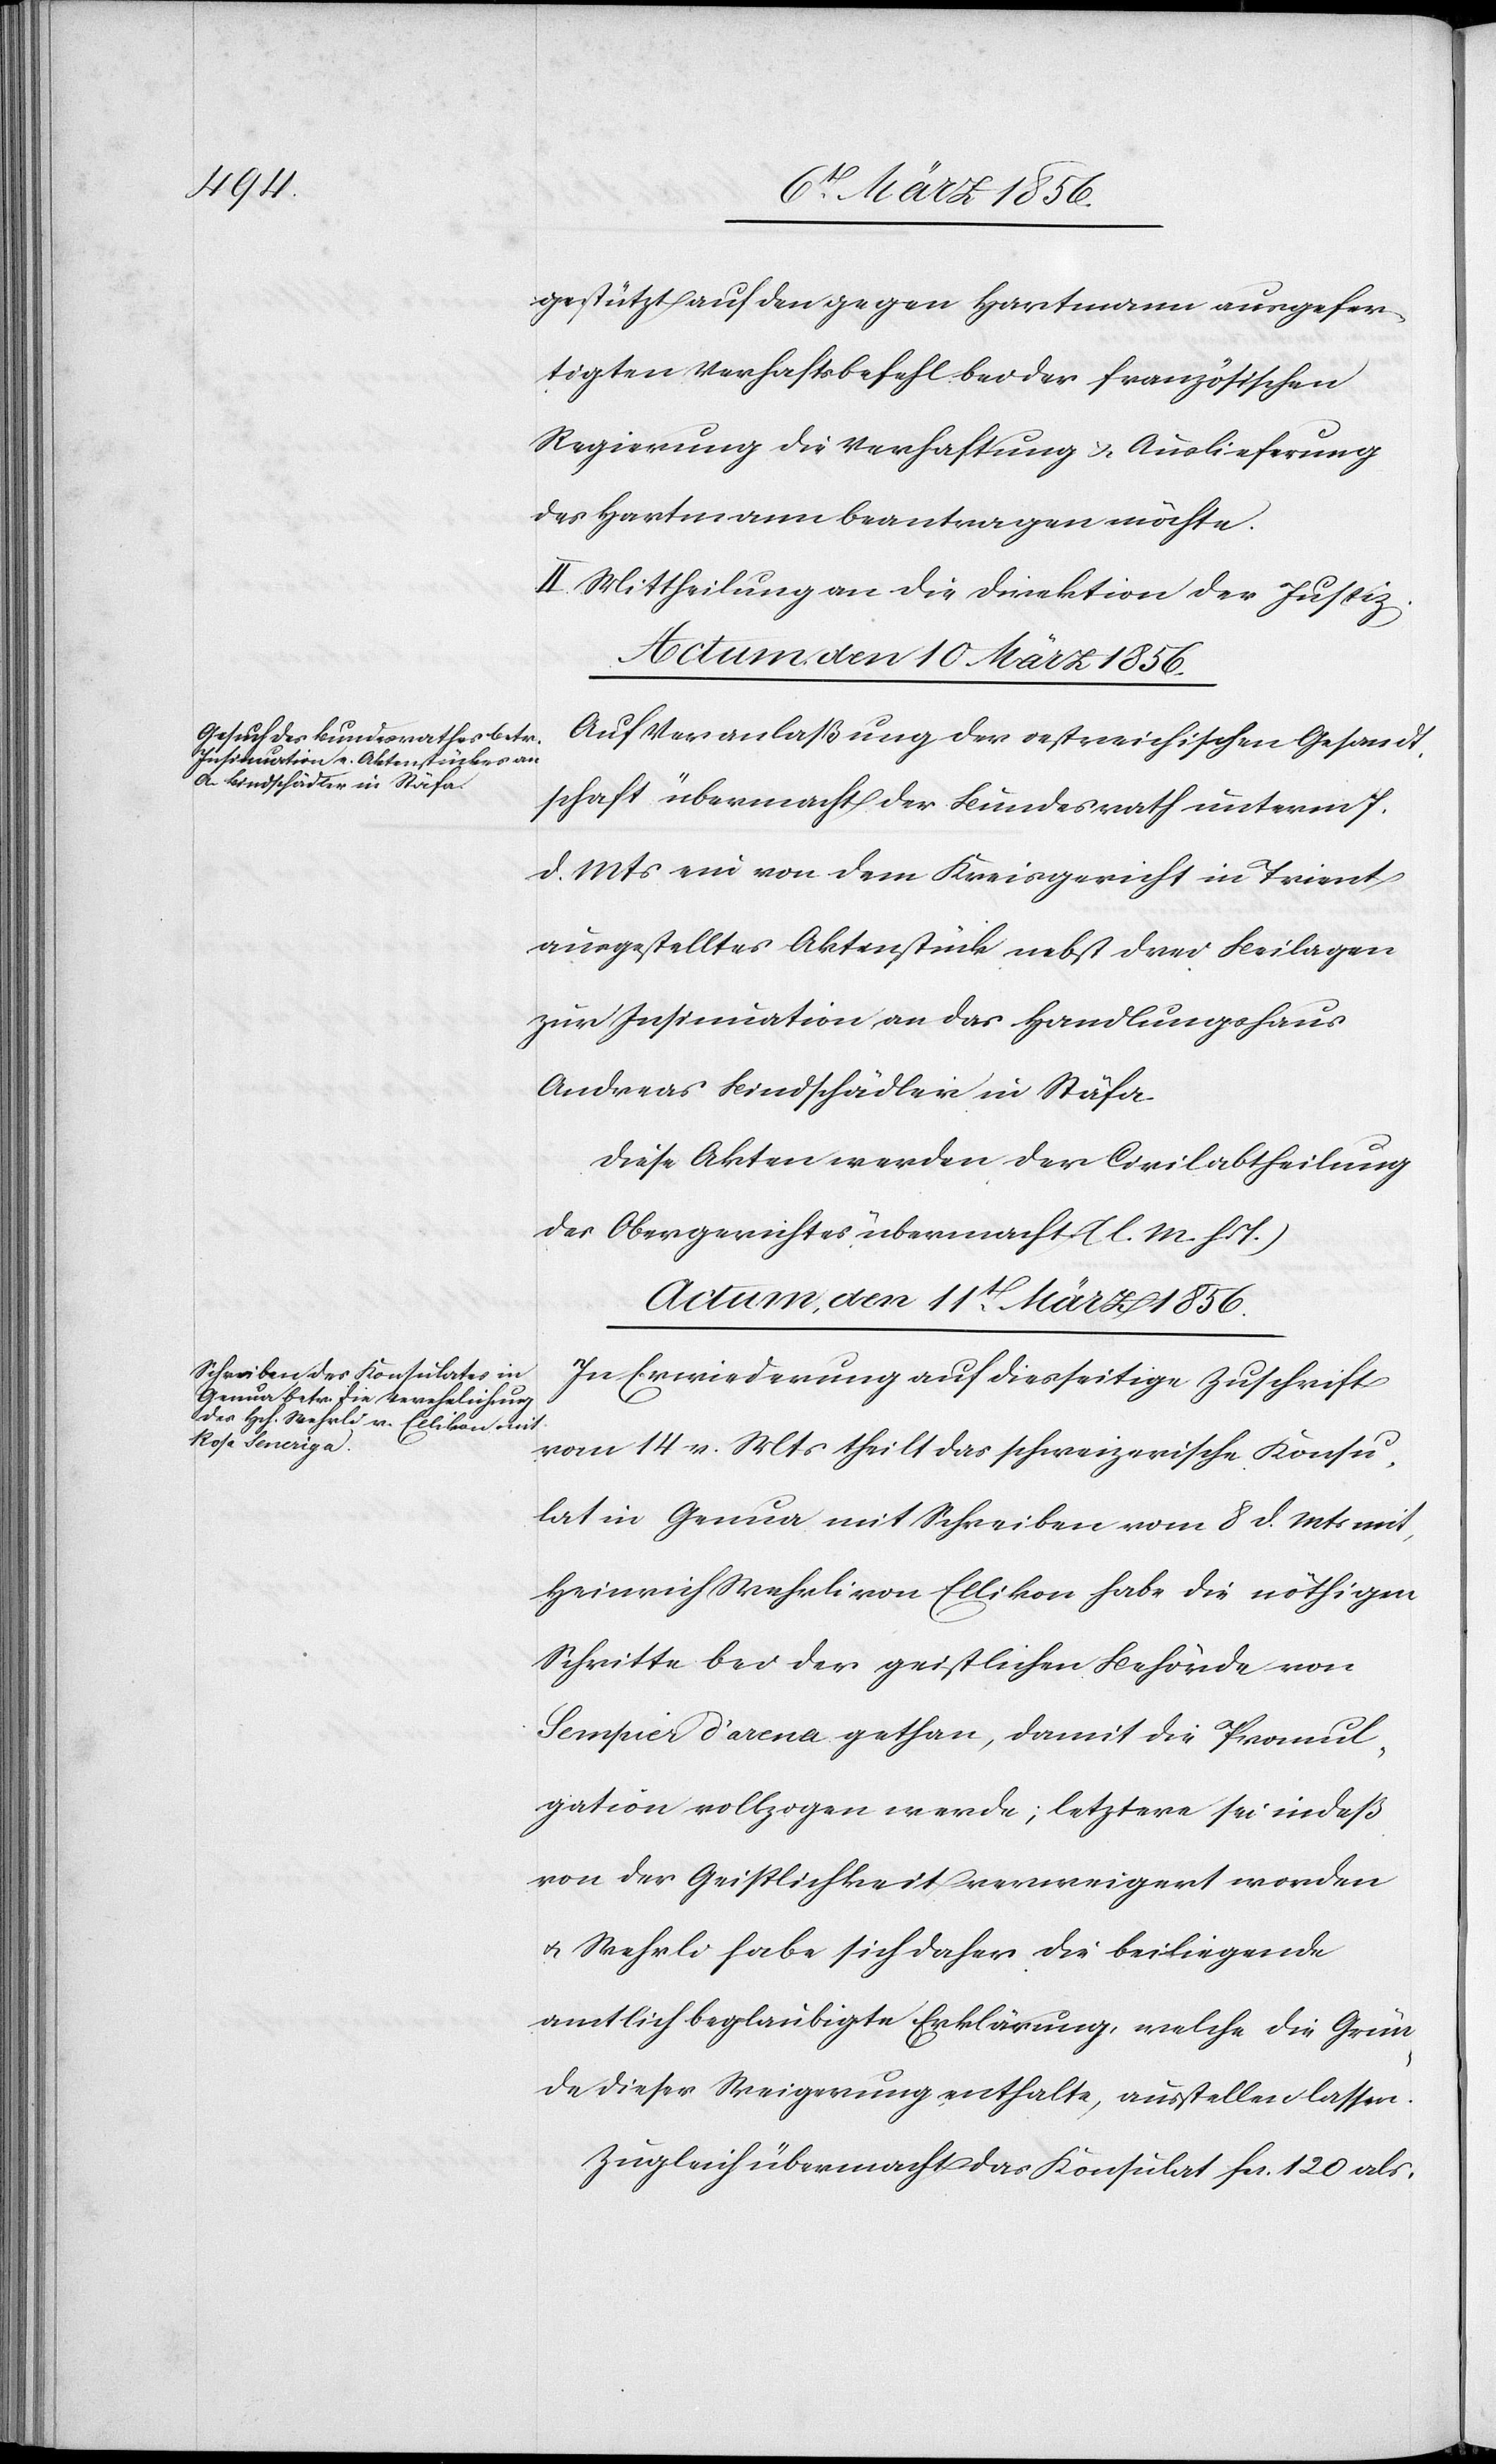
gestützt auf den gegen Hartmann ausgefer¬
tigten Verhaftsbefehl bei der französischen
Regierung die Verhaftung & Auslieferung
des Hartmann beantragen möchte.
II. Mittheilung an die Direktion der Justiz.
Actum, den 10 März 1856.
Auf Veranlaßung der oestreichischen Gesandt¬
schaft übermacht der Bundesrath unterm 7.
d. Mts ein von dem Kreisgericht in Trient
ausgestelltes Aktenstück nebst drei Beilagen
zur Insinuation an das Handlungshaus
Andreas Bindschädler in Stäfa.
Diese Akten werden der Civilabtheilung
des Obergerichtes übermacht. (l. M. h. T.)
Actum, den 11t März 1856.
In Erwiederung auf diesseitige Zuschrift
vom 14 v. Mts theilt das schweizerische Konsu¬
lat in Genua mit Schreiben vom 8 d. Mts mit,
Heinrich Wehrli von Ellikon habe die nöthigen
Schritte bei der geistlichen Behörde von
Sempier d’arena [sic!] gethan, damit die Promul¬
gation vollzogen werde; letztere sei indeß
von der Geistlichkeit verweigert worden
u. Wehrli habe sich daher die beiliegende
amtlich beglaubigte Erklärung, welche die Grün¬
de dieser Weigerung enthalte, ausstellen lassen.
Zugleich übermacht das Konsulat fcs. 120 als